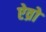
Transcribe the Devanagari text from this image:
ऐव्रो